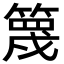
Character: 篾